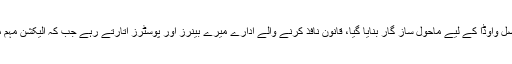
درخواست میں شہباز شریف کی جانب سے موقف اپنایا گیا ہے کہ الیکشن مہم کے دوران فیصل واوڈا کے لیے ماحول ساز گار بنایا گیا، قانون نافذ کرنے والے ادارے میرے بینرز اور پوسٹرز اتارتے رہے جب کہ الیکشن مہم میں مدمقابل فیصل واوڈا کے بینرز ضابطہ اخلاق کی خلاف ورزی پر بھی نہیں اتارے گئے۔